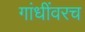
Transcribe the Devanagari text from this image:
गांधींवरच